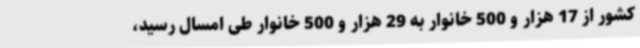
کشور از 17 هزار و 500 خانوار به 29 هزار و 500 خانوار طی امسال رسید،